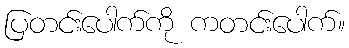
ပြတင်းပေါက်ကို ကတင်းပေါက်။